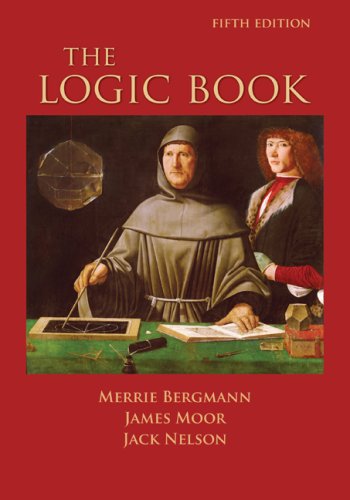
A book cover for The Logic Book; Merrie Bergmann; Politics & Social Sciences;